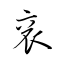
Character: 袞